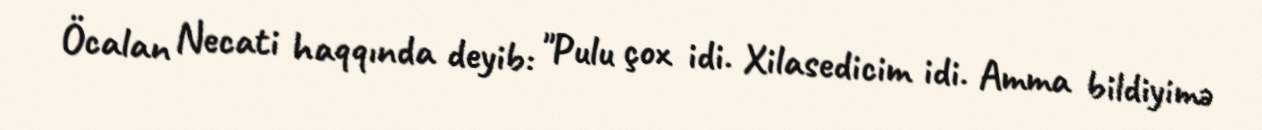
Öcalan Necati haqqında deyib: "Pulu çox idi. Xilasedicim idi. Amma bildiyimə